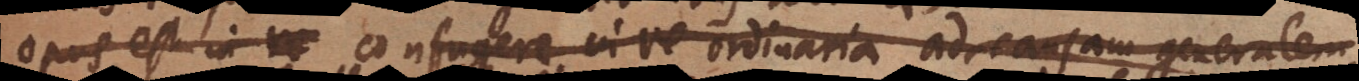
opus est in re confugere in re ordinaria ad causam generalem,